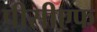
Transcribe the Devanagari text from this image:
पीसीएफ